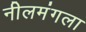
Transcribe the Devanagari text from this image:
नीलमंगला